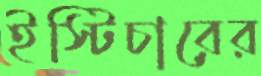
ইস্টিচারের